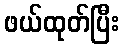
ဖယ်ထုတ်ပြီး